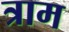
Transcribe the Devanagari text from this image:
त्राम